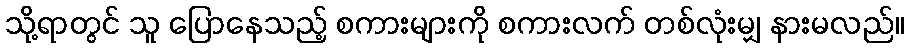
သို့ရာတွင် သူ ပြောနေသည့် စကားများကို စကားလက် တစ်လုံးမျှ နားမလည်။